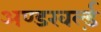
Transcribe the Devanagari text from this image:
अण्डरवर्ल्ड़